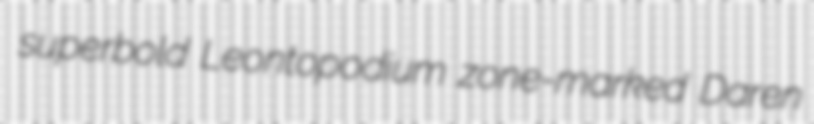
superbold Leontopodium zone-marked Daren